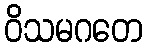
ဝိသမဂတေ